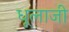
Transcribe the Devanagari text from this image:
धूलाजी